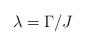
LaTeX: \begin{align*}\lambda = \Gamma /J \end{align*}